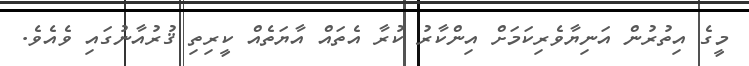
މީގެ އިތުރުން އަނިޔާވެރިކަމަށް އިންކާރު ކުރާ އެތައް އާޔަތެއް ކީރިތި ޤުރުއާނުގައި ވެއެވެ.